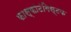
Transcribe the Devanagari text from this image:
फास्फोटंगिस्टक